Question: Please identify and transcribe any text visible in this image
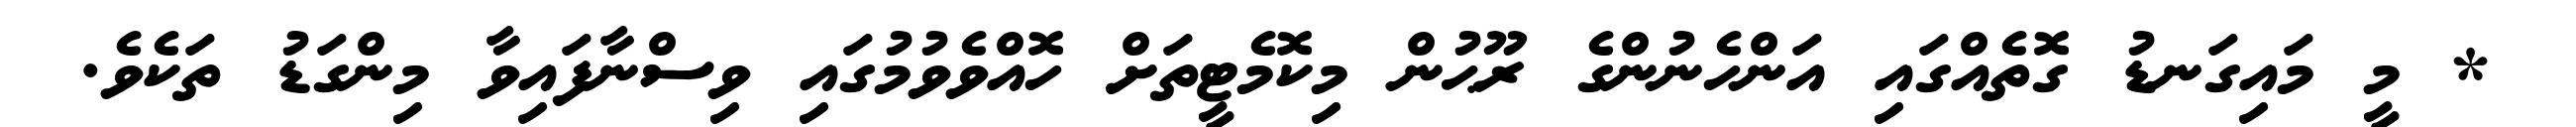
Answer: * މީ މައިގަނޑު ގޮތެއްގައި އަންހެނުންގެ ރޫޙުން މިކޮމެޓީތަށް ހޮއްވެވުމުގައި ވިސްނާފައިވާ މިންގަޑު ތަކެވެ.